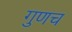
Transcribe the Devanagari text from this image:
गुणच